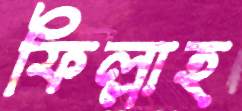
ফিল্লাহ